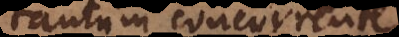
tantum concurrente